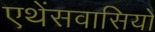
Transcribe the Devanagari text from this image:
एथेंसवासियों